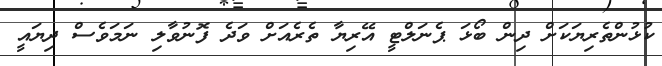
ކުޅުންތެރިޔަކަށް ދިން ބޯޅަ ޕެނަލްޓީ އޭރިޔާ ތެރެއަށް ވަދެ ފޮނުވާލި ނަމަވެސް ދިޔައީ